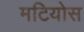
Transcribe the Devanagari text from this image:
मटियोस